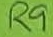
Text: R9